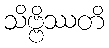
သိဗ္ဗိဿတိ